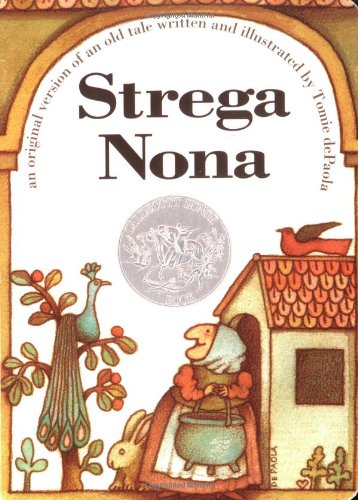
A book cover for Strega Nona; Tomie De Paola; Children's Books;